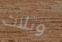
وثلاث